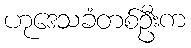
ဟုဒေသခံတစ်ဦးက